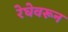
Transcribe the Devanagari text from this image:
रेघेवरून